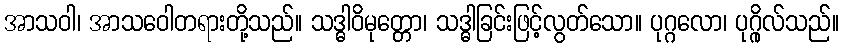
အာသဝါ၊ အာသဝေါတရားတို့သည်။ သဒ္ဓါဝိမုတ္တော၊ သဒ္ဓါခြင်းဖြင့်လွတ်သော။ ပုဂ္ဂလော၊ ပုဂ္ဂိုလ်သည်။